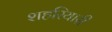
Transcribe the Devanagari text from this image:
शहरियारी